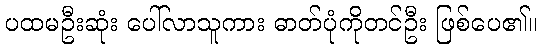
ပထမဦးဆုံး ပေါ်လာသူကား ဓာတ်ပုံကိုတင်ဦး ဖြစ်ပေ၏။